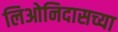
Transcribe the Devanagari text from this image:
लिओनिदासच्या